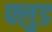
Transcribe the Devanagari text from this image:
फ्लुड